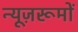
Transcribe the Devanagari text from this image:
न्यूज़रूमों